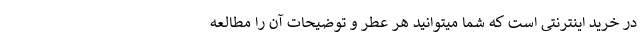
در خرید اینترنتی است که شما میتوانید هر عطر و توضیحات آن را مطالعه